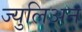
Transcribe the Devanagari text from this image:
ज्युलिअन